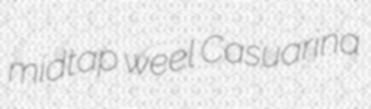
midtap weel Casuarina